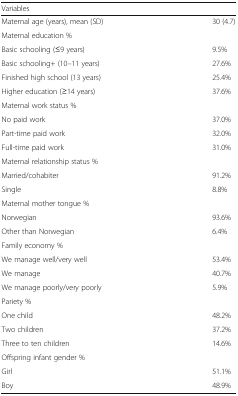
<table><thead><tr><td><b>Variables</b></td><td></td></tr></thead><tbody><tr><td>Maternal age (years), mean (SD)</td><td>30 (4.7)</td></tr><tr><td colspan="2">Maternal education %</td></tr><tr><td>Basic schooling (≤9 years)</td><td>9.5%</td></tr><tr><td>Basic schooling+ (10–11 years)</td><td>27.6%</td></tr><tr><td>Finished high school (13 years)</td><td>25.4%</td></tr><tr><td>Higher education (≥14 years)</td><td>37.6%</td></tr><tr><td colspan="2">Maternal work status %</td></tr><tr><td>No paid work</td><td>37.0%</td></tr><tr><td>Part-time paid work</td><td>32.0%</td></tr><tr><td>Full-time paid work</td><td>31.0%</td></tr><tr><td colspan="2">Maternal relationship status %</td></tr><tr><td>Married/cohabiter</td><td>91.2%</td></tr><tr><td>Single</td><td>8.8%</td></tr><tr><td colspan="2">Maternal mother tongue %</td></tr><tr><td>Norwegian</td><td>93.6%</td></tr><tr><td>Other than Norwegian</td><td>6.4%</td></tr><tr><td colspan="2">Family economy %</td></tr><tr><td>We manage well/very well</td><td>53.4%</td></tr><tr><td>We manage</td><td>40.7%</td></tr><tr><td>We manage poorly/very poorly</td><td>5.9%</td></tr><tr><td colspan="2">Pariety %</td></tr><tr><td>One child</td><td>48.2%</td></tr><tr><td>Two children</td><td>37.2%</td></tr><tr><td>Three to ten children</td><td>14.6%</td></tr><tr><td colspan="2">Offspring infant gender %</td></tr><tr><td>Girl</td><td>51.1%</td></tr><tr><td>Boy</td><td>48.9%</td></tr></tbody></table>